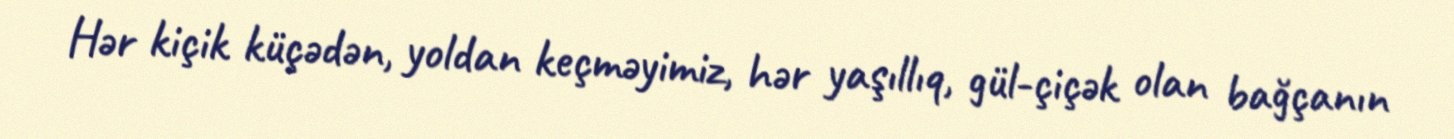
Hər kiçik küçədən, yoldan keçməyimiz, hər yaşıllıq, gül-çiçək olan bağçanın